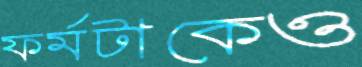
ফর্মটাকেও